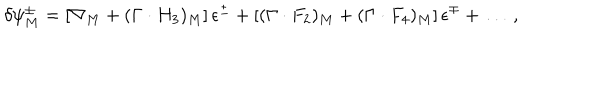
LaTeX: \delta \psi _ { M } ^ { \pm } = \left[ \nabla _ { M } + ( \Gamma \cdot H _ { 3 } ) _ { M } \right] \epsilon ^ { \pm } + \left[ ( \Gamma \cdot F _ { 2 } ) _ { M } + ( \Gamma \cdot F _ { 4 } ) _ { M } \right] \epsilon ^ { \mp } + \ldots \ ,